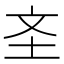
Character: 𱖐